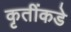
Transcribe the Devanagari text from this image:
कृतींकडे